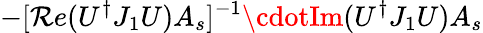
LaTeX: -[\mathcal{R}e(U^{\dagger}J_{1}U)A_{s}]^{-1}\cdotIm(U^{\dagger}J_{1}U)A_{s}